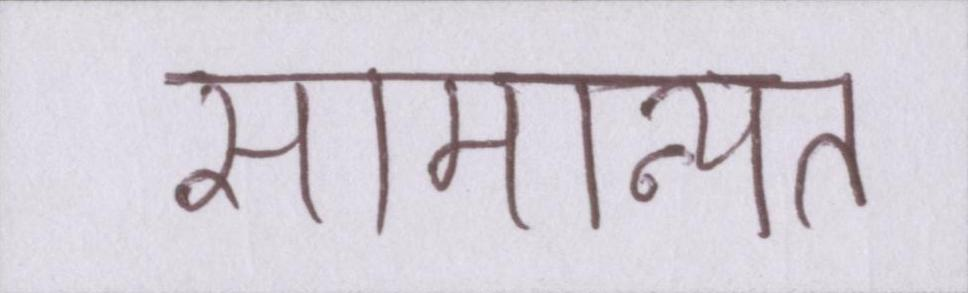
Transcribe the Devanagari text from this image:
सामान्यत